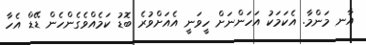
އާނ މަންމާ. އެކަމަކު އަހަންނަށް ހީވަނީ އެއަށްވުރެ ބޮޑު ކަމެއްވެގެންހެން ޑޭޑް އެހާ